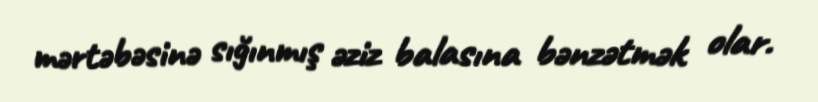
mərtəbəsinə sığınmış əziz balasına bənzətmək olar.